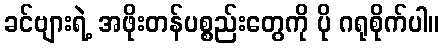
ခင်ဗျားရဲ့ အဖိုးတန်ပစ္စည်းတွေကို ပို ဂရုစိုက်ပါ။